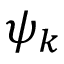
\psi _ { k }